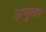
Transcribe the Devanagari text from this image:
अणुतर